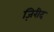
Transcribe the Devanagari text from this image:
ज़िरीद